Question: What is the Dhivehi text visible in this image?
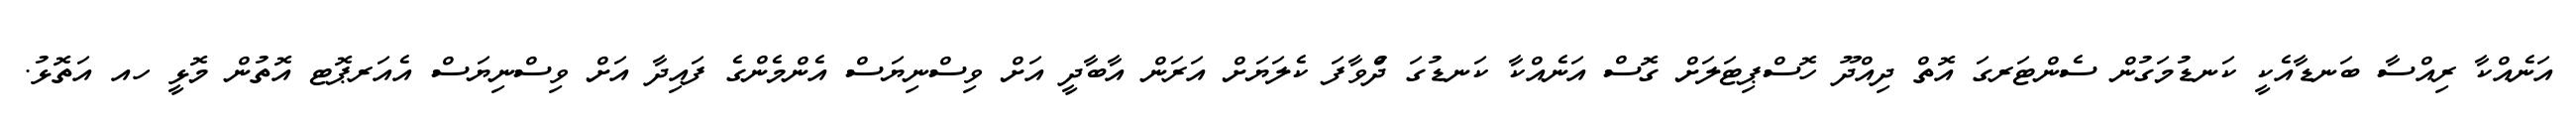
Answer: އަނެއްކާ ރިއްސާ ބަނޑާއެކީ ކަނޑުމަގުން ސެންޓަރގަ އޮތް ދިއްދޫ ހޮސްޕިޓަލަށް ގޮސް އަނެއްކާ ކަނޑުގަ ދުްވާފަ ކެލަޔަށް އަރަން އާބާދީ އަށް ވިސްނިޔަސް އެންމެންގެ ފައިދާ އަށް ވިސްނިޔަސް އެއަރޕޮޓ އޮތުން މޮޅީ ހއ އަތޮޅު.